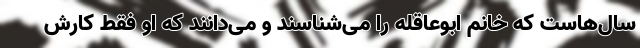
سال‌هاست که خانم ابوعاقله را می‌شناسند و می‌دانند که او فقط کارش